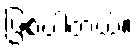
ဖြစ်ပါတယ်။